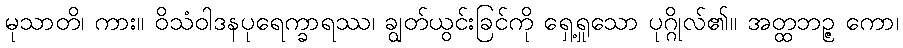
မုသာတိ၊ ကား။ ဝိသံဝါဒနပုရေက္ခာရဿ၊ ချွတ်ယွင်းခြင်ကို ရှေ့ရှုသော ပုဂ္ဂိုလ်၏။ အတ္ထဘဉ္ဇ ကော၊